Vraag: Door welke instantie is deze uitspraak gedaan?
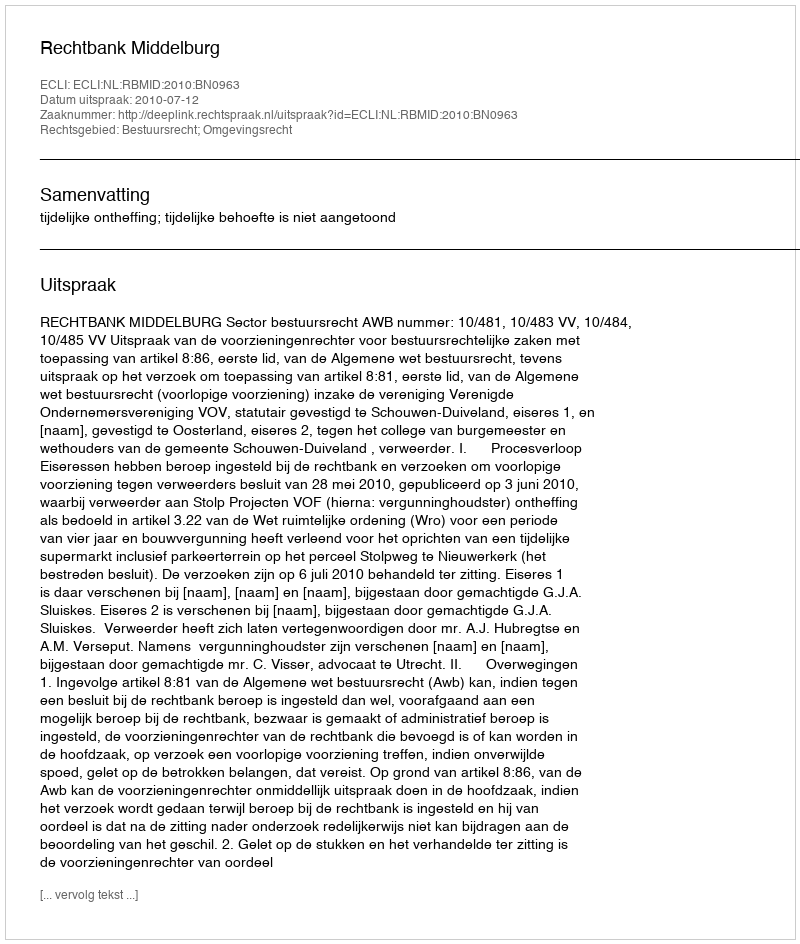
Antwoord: Rechtbank Middelburg